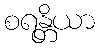
စရန္တိယာ